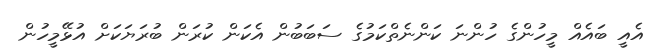
އެއީ ބައެއް މީހުންގެ ހުންނަ ކަންނެތްކަމުގެ ސަބަބުން އެކަން ކުރަން ބުރަޔަކަށް އުޅޭމީހުން